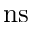
\mathrm { n s }